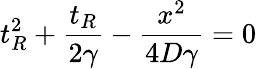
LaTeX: t_{R}^{2}+\frac{t_{R}}{2\gamma}-\frac{x^{2}}{4D\gamma}=0